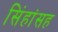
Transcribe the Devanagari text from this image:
सिंहांसह